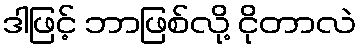
ဒါဖြင့် ဘာဖြစ်လို့ ငိုတာလဲ